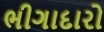
ભીગાદારો